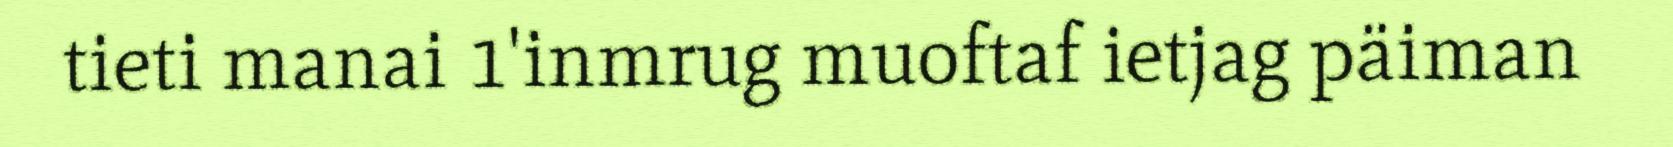
tieti manai 1'inmrug muoftaf ietjag päiman